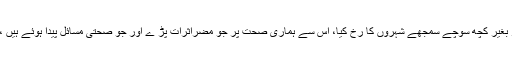
مگر شہروں کی چکاچوندھ سے لطف اندوز ہونے کے لیے ہم نے اپنے گاؤں کو الوداع کہ دیا اور بغیر کچھ سوچے سمجھے شہروں کا رُخ کیا، اس سے ہماری صحت پر جو مضراثرات پڑ ے اور جو صحتی مسائل پیدا ہوئے ہیں ، اُمید ہے کہ معزز قارئین مندجہ بالا سائنسی تجزیہ سے ساری باتیں بخوبی سمجھ گئے ہوں گے۔